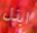
ابذل